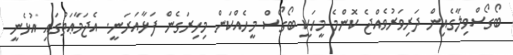
ބޯގޯސްވިލާގެއިން ދަރިވަރުވެއްޖެ ކޮންމެ މީހަކީ ބޯގޯސް މީހެއްކަން މިހިރަގެން ފަޅާއަރަނީ. އެޖަމާޢަތުގައި އުޅެނީ